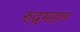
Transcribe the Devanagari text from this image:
रुद्रमहल